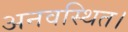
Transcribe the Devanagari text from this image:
अनवस्थित।